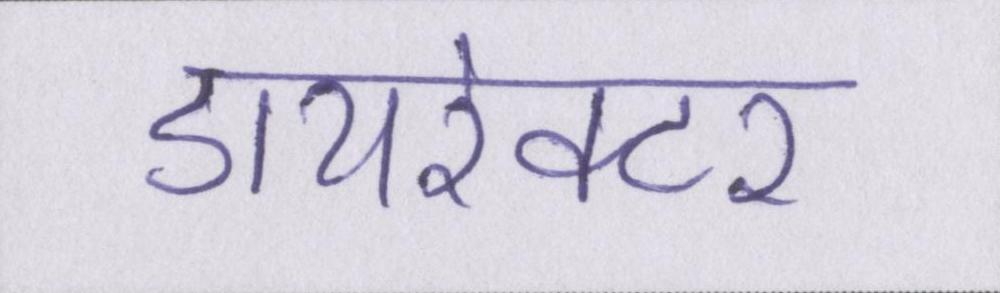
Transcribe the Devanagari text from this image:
डायरेक्टर